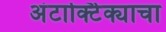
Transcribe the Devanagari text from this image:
अंटार्क्टिक्याचा